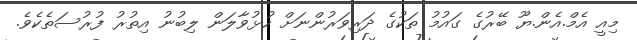
މިއީ އެމް.އެން.ޔޫ ބޭރުގެ ގައުމު ތަކުގެ ދަރިވަރުންނަށް ހުޅުވާލަން ލިބުނު އިތުރު ފުރުސަތެކެވެ.